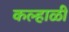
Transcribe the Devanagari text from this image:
कल्हाळी